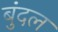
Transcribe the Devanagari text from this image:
बुंदल